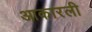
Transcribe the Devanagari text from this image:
आकारली